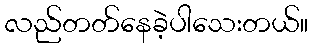
လည်တတ်နေခဲ့ပါသေးတယ်။